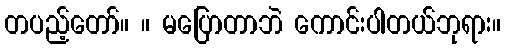
တပည့်တော်။ ။ မပြောတာဘဲ ကောင်းပါတယ်ဘုရား။